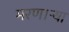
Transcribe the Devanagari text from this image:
मरण।ऱ्या